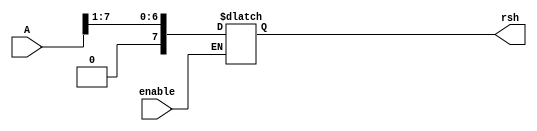
module r_shift #(
    parameter inputsize = 8
)(A, enable, /*clock,*/ rsh);

//input clock;
input [0:inputsize - 1] A;
input enable;
output reg [0:inputsize - 1] rsh;

always @ (*) begin

    if (enable) begin
        rsh = A;        //still have issues when deciding if using sinchronous or
        rsh = rsh >> 1; //asinchronous statements
    end

end

endmodule